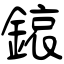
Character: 鎄